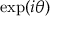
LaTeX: \exp ( i \theta )